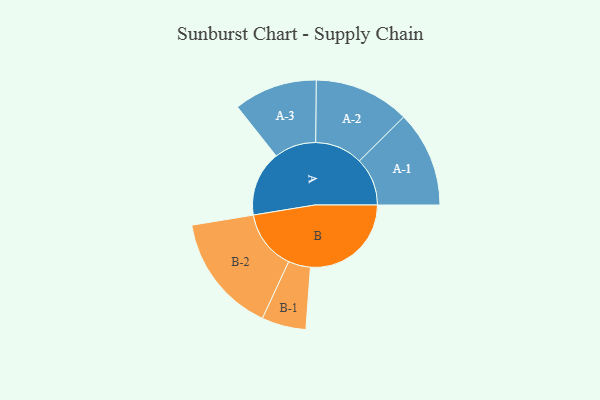
{"axis": {"x": "Segment", "y": "Value"}, "legend": ["", "A", "B"], "data": [{"x": "A", "y": 321, "type": ""}, {"x": "B", "y": 496, "type": ""}, {"x": "A-1", "y": 236, "type": "A"}, {"x": "A-2", "y": 235, "type": "A"}, {"x": "A-3", "y": 205, "type": "A"}, {"x": "B-1", "y": 109, "type": "B"}, {"x": "B-2", "y": 294, "type": "B"}]}